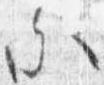
参